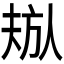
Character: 𬀁